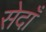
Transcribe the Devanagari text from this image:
सेदाँ